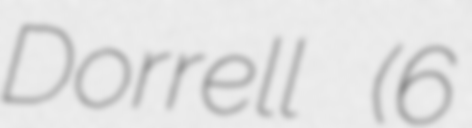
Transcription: Dorrell (6